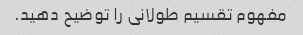
مفهوم تقسیم طولانی را توضیح دهید.